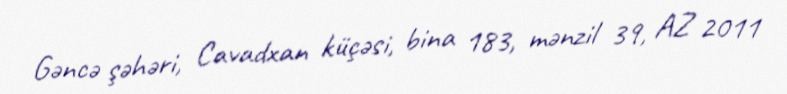
Gəncə şəhəri, Cavadxan küçəsi, bina 183, mənzil 39, AZ 2011